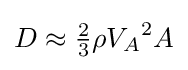
D\approx {\tfrac {2}{3}}\rho {V_{A}}^{2}A